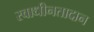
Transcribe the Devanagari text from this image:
स्वाधीनतादान